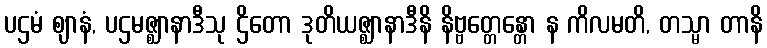
ပဌမံ ဈာနံ, ပဌမဇ္ဈာနာဒီသု ဌိတော ဒုတိယဇ္ဈာနာဒီနိ နိဗ္ဗတ္တေန္တော န ကိလမတိ, တသ္မာ တာနိ